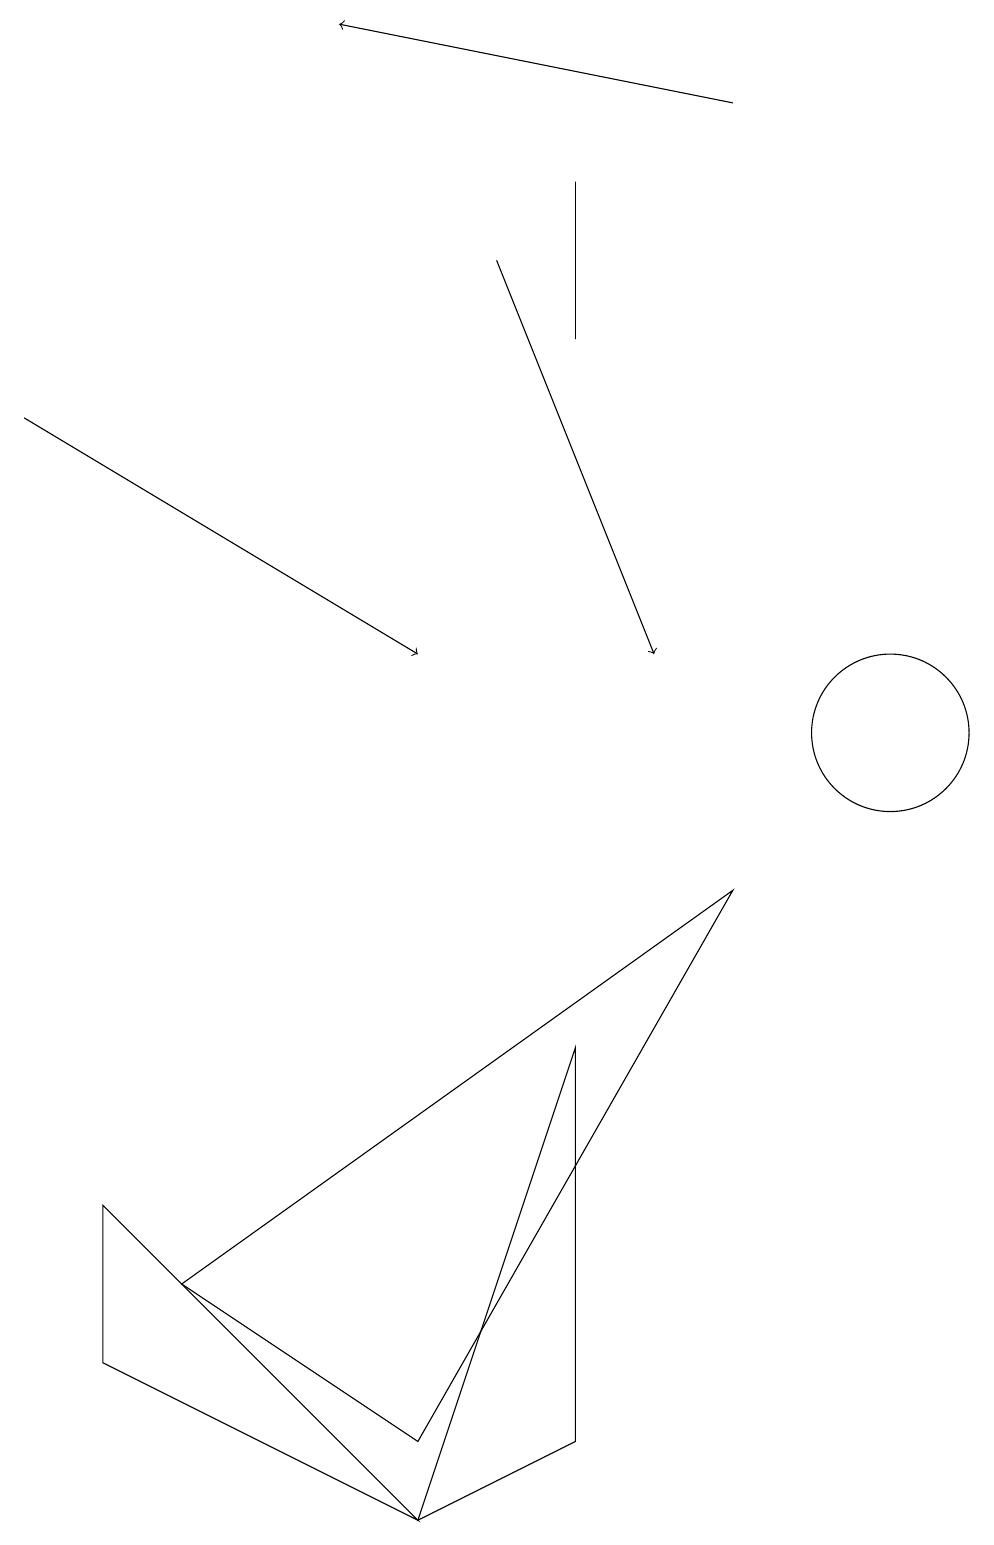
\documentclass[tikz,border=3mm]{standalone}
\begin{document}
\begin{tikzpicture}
\draw[->] (9,18) -- (4,19);
\draw[->] (0,14) -- (5,11);
\draw (7,6) -- (7,1) -- (5,0) -- cycle;
\draw (7,17) rectangle (7,15);
\draw (1,4) -- (1,2) -- (5,0) -- cycle;
\draw (11,10) circle (1);
\draw (2,3) -- (5,1) -- (9,8) -- cycle;
\draw[->] (6,16) -- (8,11);
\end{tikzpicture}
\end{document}